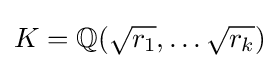
K=\mathbb {Q} ({\sqrt {r_{1}}},\ldots {\sqrt {r_{k}}})